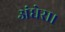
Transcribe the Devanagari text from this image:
अंधेरा।